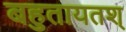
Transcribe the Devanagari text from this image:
बहुतायतश्